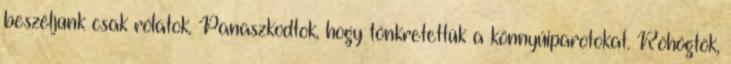
beszéljünk csak rólatok. Panaszkodtok, hogy tönkretettük a könnyűiparotokat. Röhögtök,